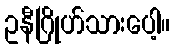
ဥနီဂြိုဟ်သားပေါ့။